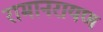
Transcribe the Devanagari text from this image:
रामानरायण